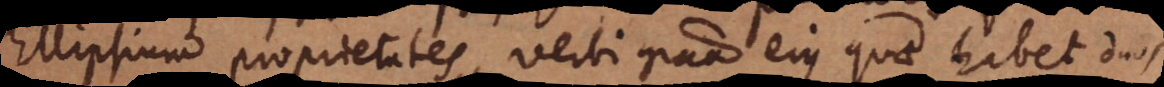
Ellipsium proprietates, verbi gratia ejus quae habet duo